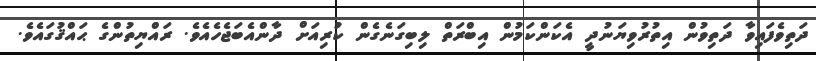
ދަތިވެފައިވާ ދަތިވުން އިތުރުވިޔަނުދީ އެކަންކަމުން އިބްރަތް ލިބިގަނެގެން ކުރިއަށް ދާންއެބަޖެހެއެވެ. ރައްޔިތުންގެ ޙައްޤުގައެވެ.